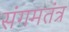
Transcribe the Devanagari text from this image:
संगमतंत्र